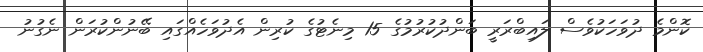
ކޮންމެ ދުވަހަކުވެސް ލައިބްރަރީ ބަންދުކުރުމުގެ 15 މިނެޓުގެ ކުރިން އެދުވަހެއްގައި ބޭނުންކުރަން ނެގުނު